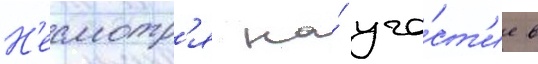
Н'есмотр'я на́ уча́ст'ие в